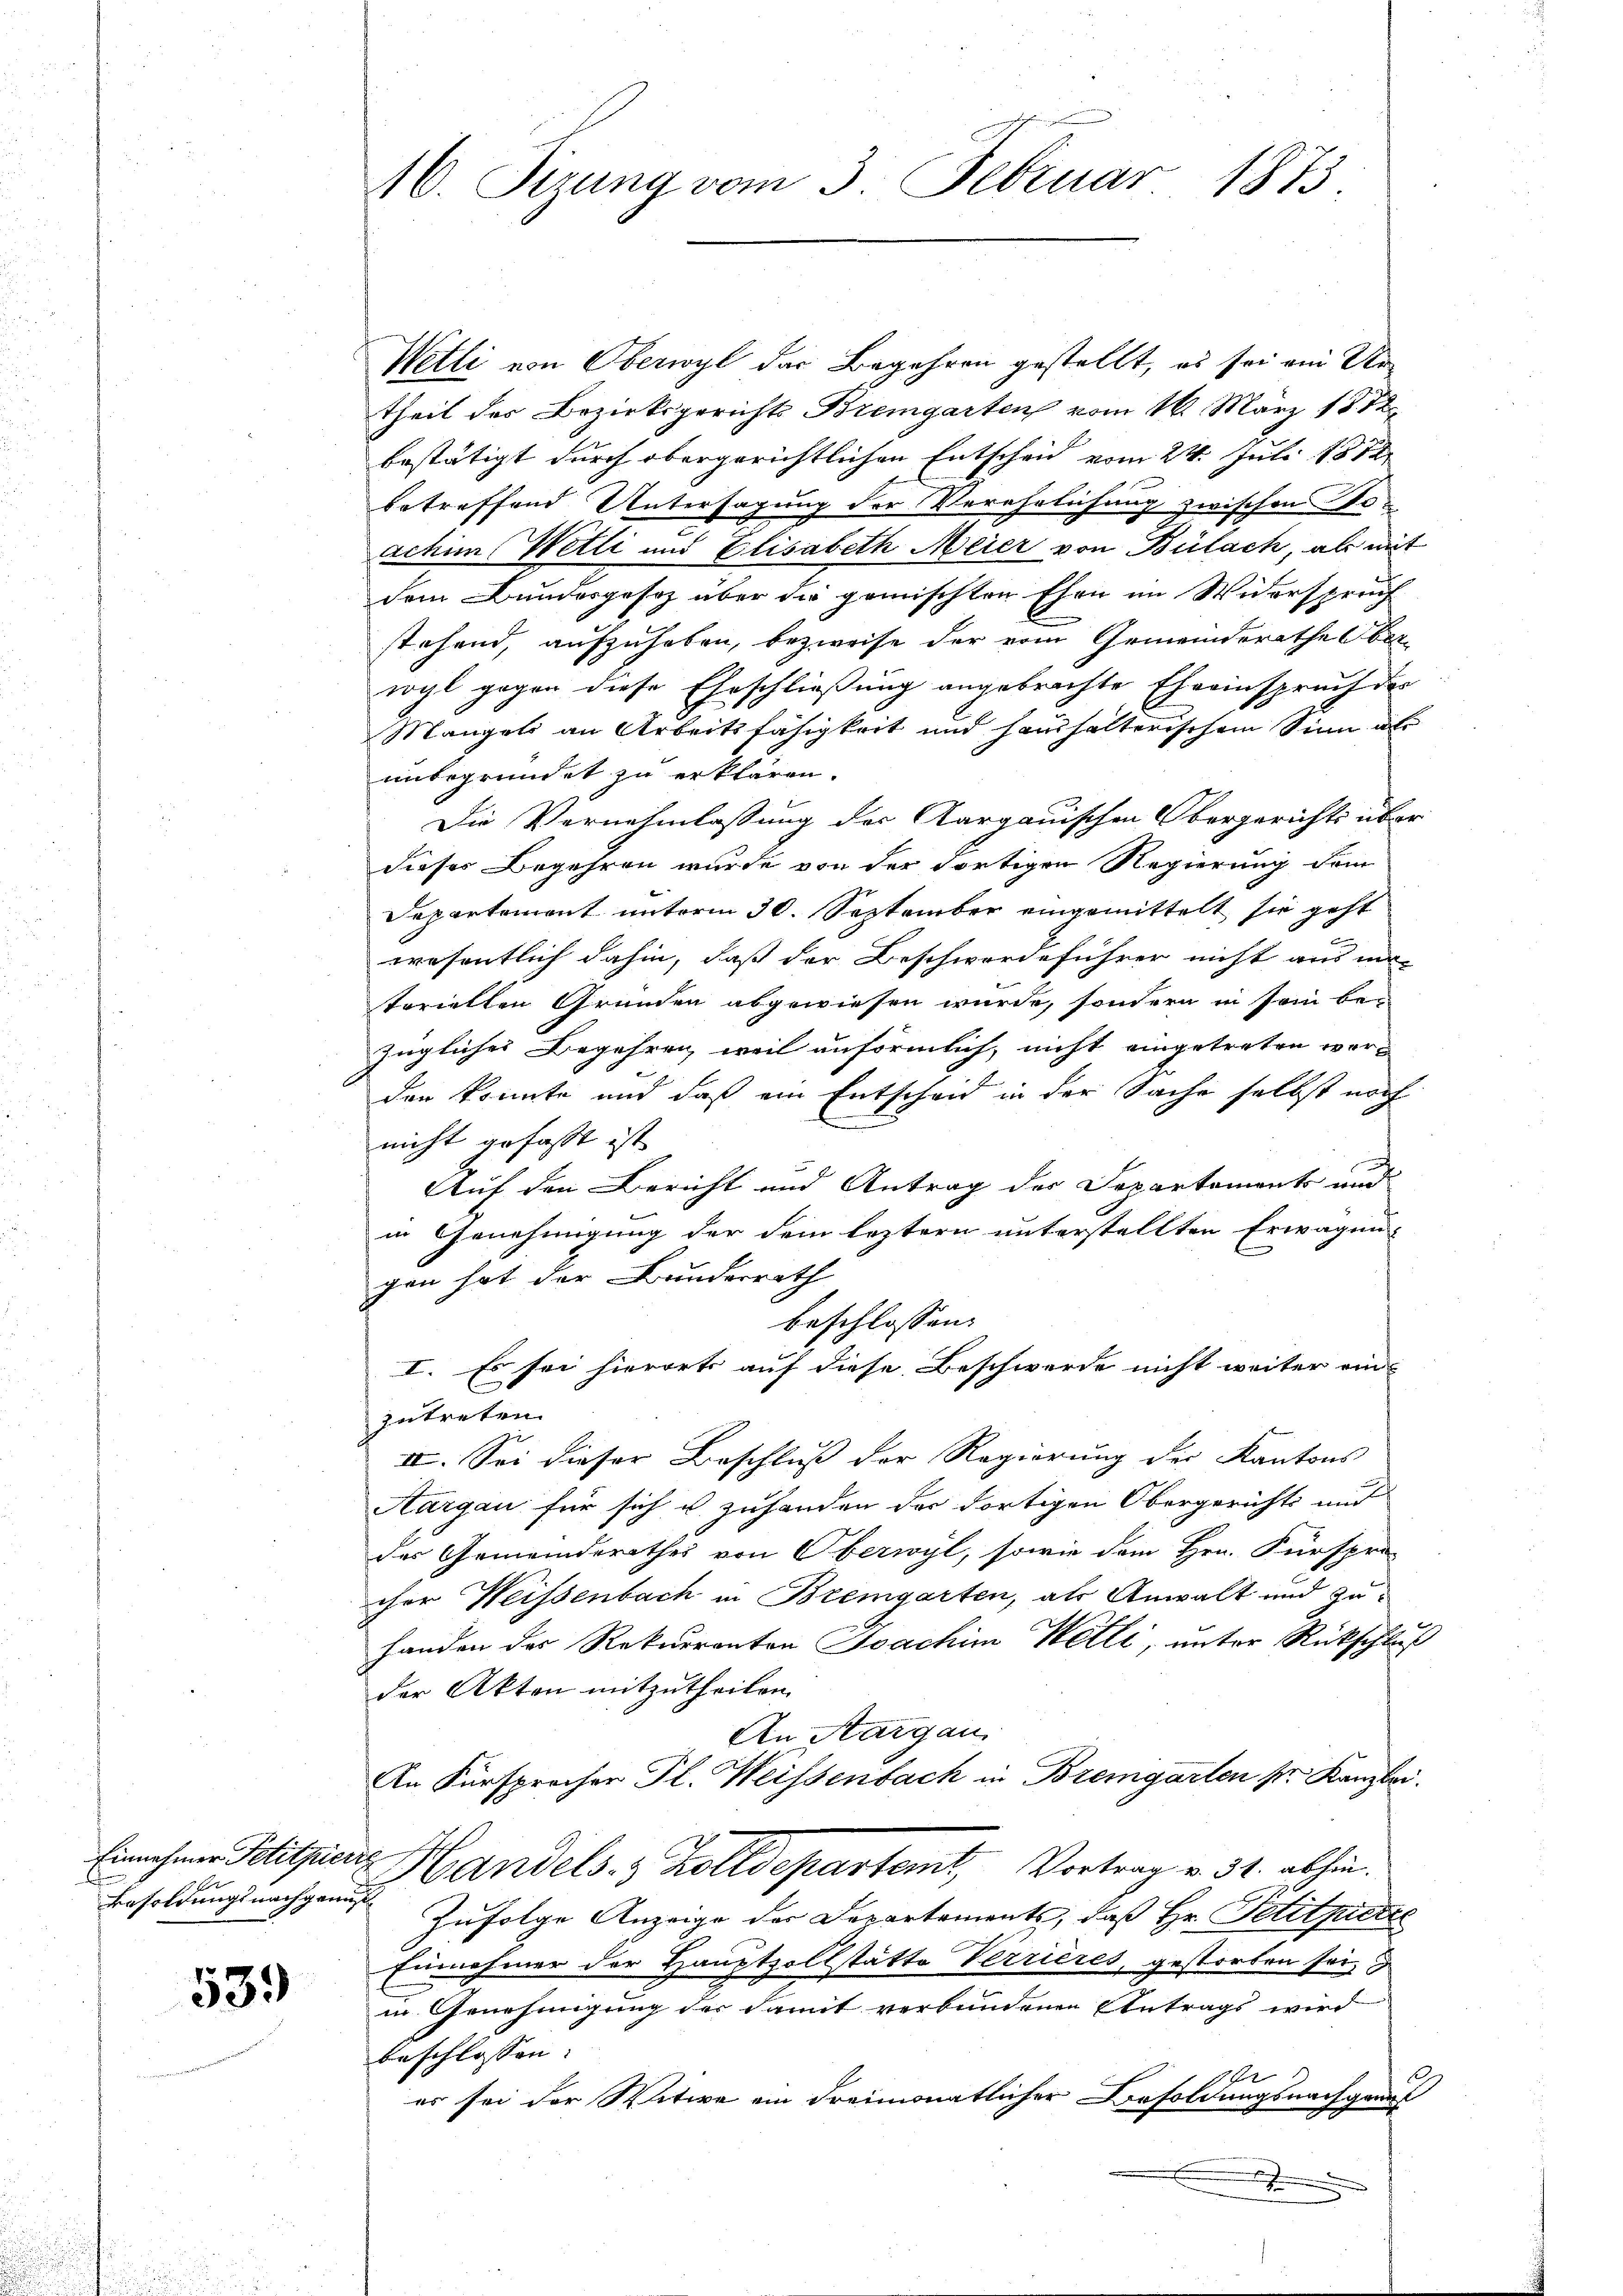
Besoldungsnachgenus

539

Wetli von Oberwyl das Begehren gestellt, es sei am Artheil des Bezirksgerichts Bremgarten vom 16. März 1872
bestätigt durch obergerichtlichen Entscheid vom 24. Juli 1874
betreffend Untersagung der Verehrlichung zwischen ein
achim Wetti und Elisabeth Meier von Bülach, als mit
dem Bundesgesez über die gemischten Ehen im Widersprech
stehend, aufzuheben, bezweife der vom Gemeinderathes Ber
wyl gegen diese Eheschließung angebrachte Eheeinspruch der
Mangeli an Arbeitsfähigkeit und haushalterischem Sinn als
unbegründet zu erklären.
Die Vernehmlassung der Aargauischen Obergerichts über
dieses Begehren wurde von der dortigen Regierung dem
Departement unterm 30. September eingemittelt sie geht
wesentlich dahin, daß der Beschwerdeführer nicht aus ma-
tariellen Gründen abgewiesen wurde, sondern in sein be-
züglicher Begehren, weil anförmlich, nicht eingetreten werden konnte und daß ein Entscheid in der Sache selbst noch
nicht gefasst ist
Auf den Bericht und Antrag der Departements und
in Genehmigung der dem leztern unterstellten Erwägun-
gen hat der Bundesrath
beschlossen:
I. Es sei hierorts auf diese Beschwerde nicht weiter ein
zutreten.
IV. Sei dieser Beschluß der Regierung des Kantons
Aargau für sich u. zuhanden der dortigen Obergerichts und
des Gemeinderathes von Oberwyl, sowie dem Hrn. Fürspra-
cher Weissenbach in Bremgarten, als Anwalt und zuhanden des Rekurrenten Joachim Welli, unter Rückschluß
der Akten mitzutheilen.
An Aargau.
An Fürsprocher Gl. Weissenbach in Bremgarten sr. Kanzlei.
Einnahme Petitpiere Handels- & Zolldepartemt, Vortrag v. 31. abhin.
Zufolge Anzeige der Departements, daß Hr. Petituierte
Einnahmer der Hauptzollstätte Verrieres, gestorben sei,
in Genehmigung der damit verbundenen Eintrags wird
beschlossen:
1
es sei der Witwe ein Freimonatlicher Besoldungsnachgant
.

16. Sizung vom 3. Februar 1873.